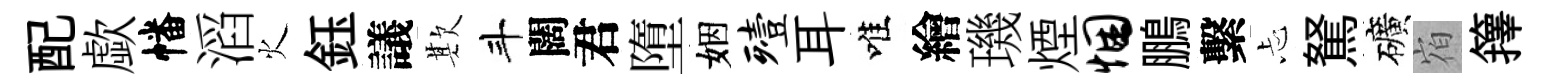
配歔幡滔火鈺議欺斗闊君墮姻殪耳唯繪璣煙悃鵬繫忐駑礦𪧐籜